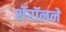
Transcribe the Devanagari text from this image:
शॅरॉनने